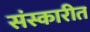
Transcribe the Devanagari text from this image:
संस्कारीत